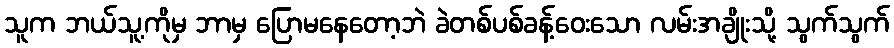
သူက ဘယ်သူ့ကိုမှ ဘာမှ ပြောမနေတော့ဘဲ ခဲတစ်ပစ်ခန့်ဝေးသော လမ်းအချိုးသို့ သွက်သွက်